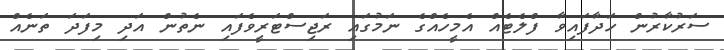
ސަރުކާރުން ހަދާފައިވާ ފްލެޓެއް އެމީހެއްގެ ނަމުގައި ރަޖިސްޓަރީވެފައި ނެތުން އަދި މިފަދަ ތަނެއް